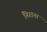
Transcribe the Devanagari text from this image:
निराना